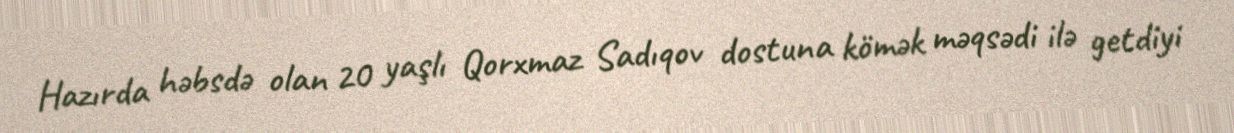
Hazırda həbsdə olan 20 yaşlı Qorxmaz Sadıqov dostuna kömək məqsədi ilə getdiyi